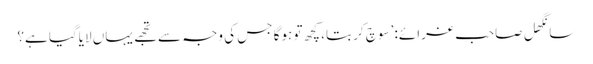
سانگھل صاحب غرائے: ’سوچ کر بتا، کچھ تو ہوگا جس کی وجہ سے تجھے یہاں لایاگیا ہے؟